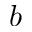
b